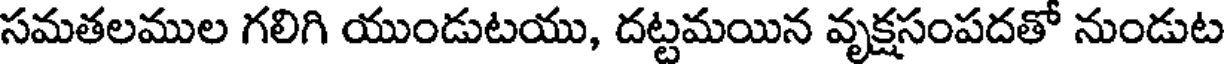
సమతలముల గలిగి యుండుటయు, దట్టమయిన వృక్షసంపదతో నుండుట